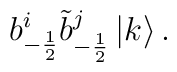
b_{-\frac{1}{2}} ^i \tilde{b}_{-\frac{1}{2}}^j \left| k\right> .